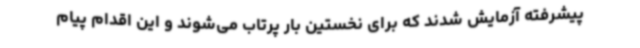
پیشرفته آزمایش شدند که برای نخستین بار پرتاب می‌شوند و این اقدام پیام